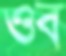
ওব